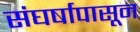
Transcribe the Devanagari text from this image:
संघर्षापासून